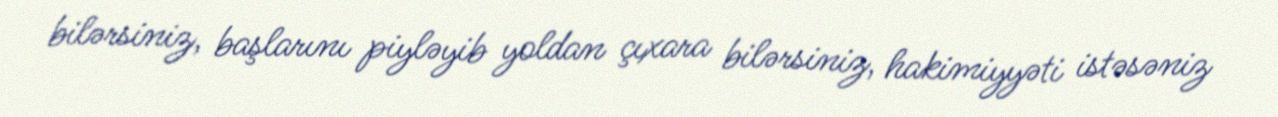
bilərsiniz, başlarını piyləyib yoldan çıxara bilərsiniz, hakimiyyəti istəsəniz